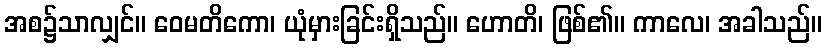
အစ၌သာလျှင်။ ဝေမတိကော၊ ယုံမှားခြင်းရှိသည်။ ဟောတိ၊ ဖြစ်၏။ ကာလေ၊ အခါသည်။